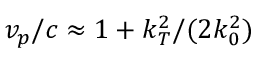
v _ { p } / c \approx 1 + k _ { T } ^ { 2 } / ( 2 k _ { 0 } ^ { 2 } )